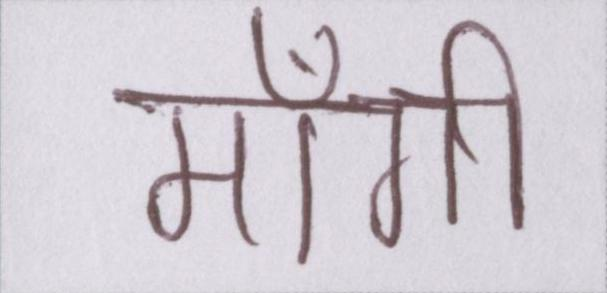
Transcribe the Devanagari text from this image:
माँगी